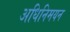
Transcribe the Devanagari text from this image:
अधिनिमयन